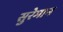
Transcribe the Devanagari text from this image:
सुरेमान